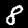
Digit: 8